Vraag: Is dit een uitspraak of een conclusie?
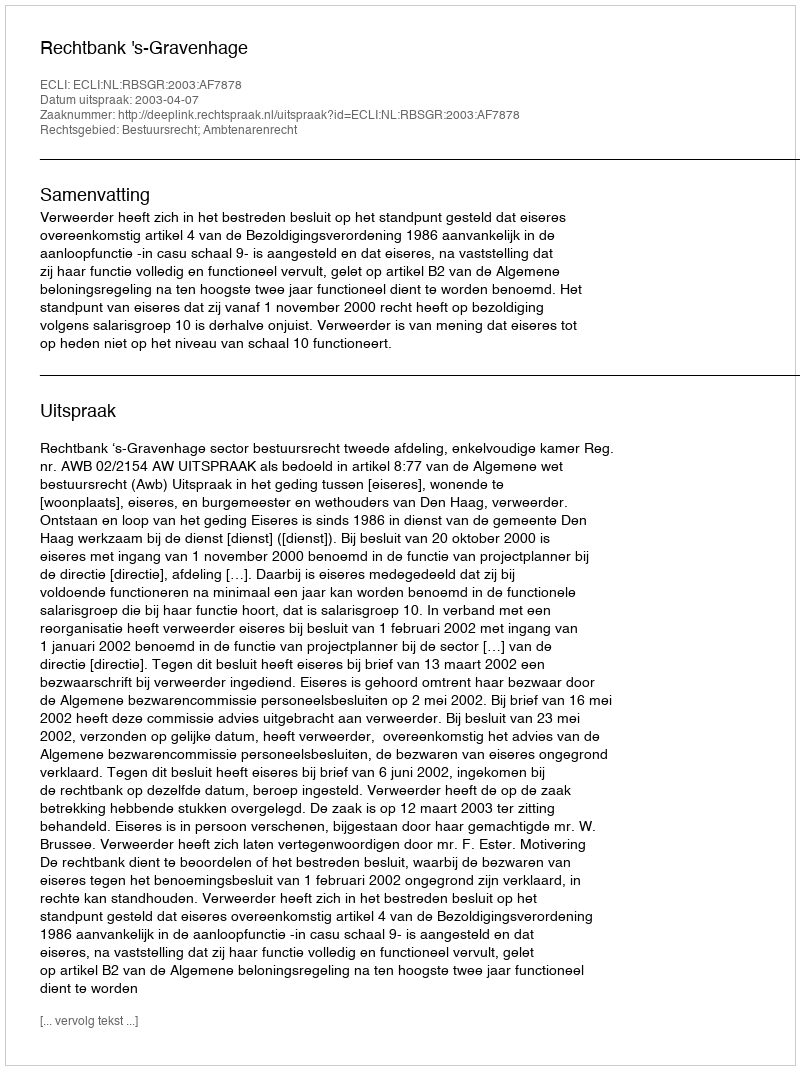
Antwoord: Uitspraak